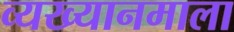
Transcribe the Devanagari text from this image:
व्यख्यानमाला